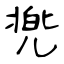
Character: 兠